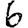
Digit: 6